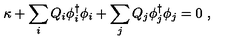
\kappa + \sum _ { i } Q _ { i } \phi _ { i } ^ { \dagger } \phi _ { i } + \sum _ { j } Q _ { j } \phi _ { j } ^ { \dagger } \phi _ { j } = 0 \ ,